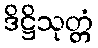
ဒိဋ္ဌိသုတ္တံ